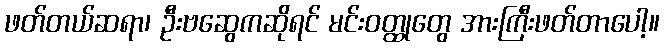
ဖတ်တယ်ဆရာ၊ ဦးဗဆွေကဆိုရင် မင်းဝတ္ထုတွေ အားကြီးဖတ်တာပေါ့။